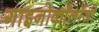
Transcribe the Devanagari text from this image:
गाइनोकॉलॉजी